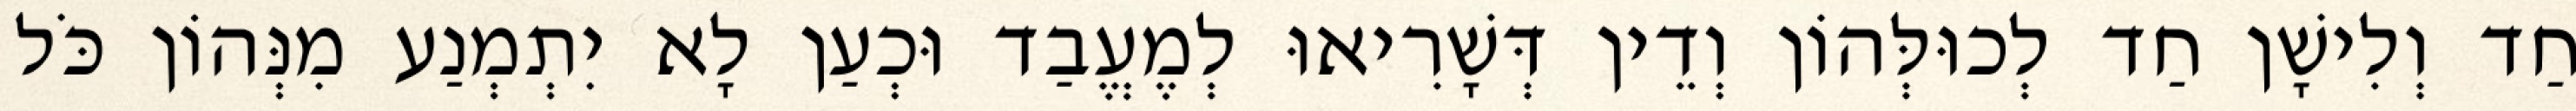
חַד וְלִישָׁן חַד לְכוּלְּהוֹן וְדֵין דְּשָׁרִיאוּ לְמֶעֱבַד וּכְעַן לָא יִתְמְנַע מִנְּהוֹן כֹּל